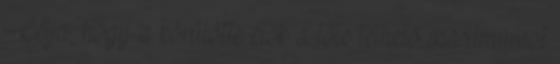
Célja, hogy a körülötte élők a tőle telhető maximumot